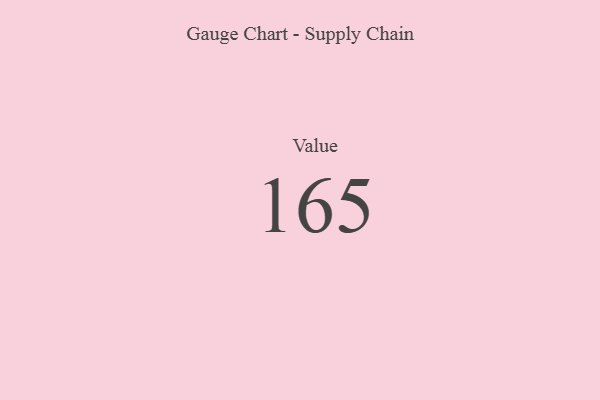
{"axis": {"x": "Metric", "y": "Value"}, "legend": [""], "data": [{"x": "Value", "y": 165, "type": ""}]}